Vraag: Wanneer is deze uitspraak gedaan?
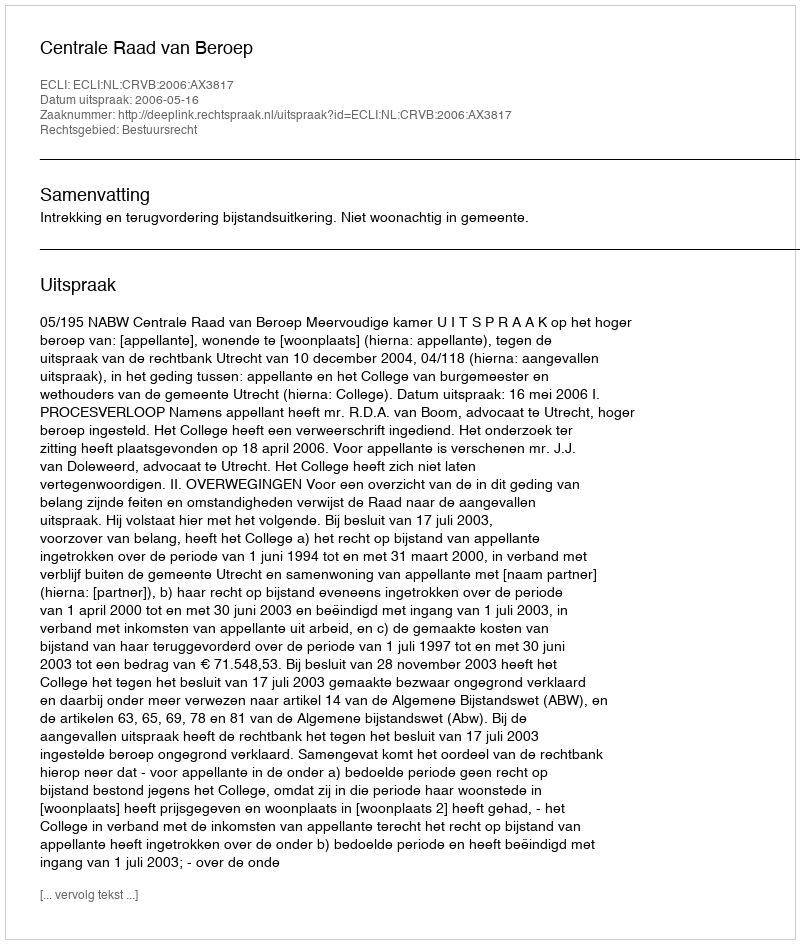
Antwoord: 2006-05-16